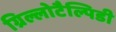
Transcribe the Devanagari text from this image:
ग्रिल्लोटैल्पिडी